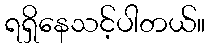
ရရှိနေသင့်ပါတယ်။